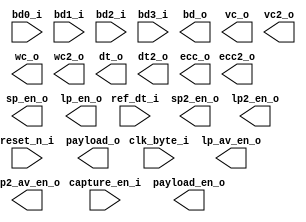
//===========================================================================
// Verilog file generated by Clarity Designer    02/21/2024    13:11:33  
// IP package: CSI-2/DSI D-PHY Receiver 1.6                           
// Copyright(c) 2016 Lattice Semiconductor Corporation. All rights reserved. 
//===========================================================================

module rx_dphy_capture_ctrl (
    input  wire                           reset_n_i,
    input  wire                           clk_byte_i,
    input  wire [8-1:0]          bd0_i,
    input  wire [8-1:0]          bd1_i,
    input  wire [8-1:0]          bd2_i,
    input  wire [8-1:0]          bd3_i,
    input  wire                           capture_en_i, // HS Sync from Rx Global Controller
    input  wire [5:0]                     ref_dt_i,
    output wire                           sp_en_o,      // Short Packet Enable
    output wire                           sp2_en_o,     // Short Packet Enable #2 (only for 4lane Gear16)
    output wire                           lp_en_o,      // Long Packet Enable
    output wire                           lp2_en_o,     // Long Packet Enable #2 (only for 4lane Gear16)
    output wire                           lp_av_en_o,   // Long Packet Enable for Active Video
    output wire                           lp2_av_en_o,  // Long Packet Enable #2 for Active Video (only for 4lane Gear16)
    output wire [4*8-1:0]    bd_o,         // DPHY byte data (Gear8 only)
    output wire [1:0]                     vc_o,         // Virtual Channel
    output wire [1:0]                     vc2_o,        // Virtual Channel #2 (only for 4lane Gear16)
    output wire                           payload_en_o, // Payload data Enable
    output wire [4*8-1:0] payload_o,    // Payload data
    output wire [15:0]                    wc_o,         // payload byte count
    output wire [15:0]                    wc2_o,        // payload byte count #2 (only for 4lane Gear16)
    output wire [5:0]                     dt_o,         // Data Type
    output wire [5:0]                     dt2_o,        // Data Type #2 (only for 4lane Gear16)
    output wire [7:0]                     ecc_o,        // ECC
    output wire [7:0]                     ecc2_o        // ECC #2 (only for 4lane Gear16)
);

endmodule